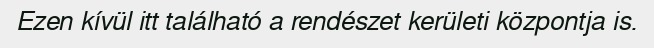
Ezen kívül itt található a rendészet kerületi központja is.